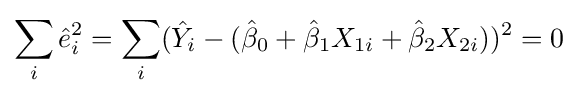
\sum _{i}{\hat {e}}_{i}^{2}=\sum _{i}({\hat {Y}}_{i}-({\hat {\beta }}_{0}+{\hat {\beta }}_{1}X_{1i}+{\hat {\beta }}_{2}X_{2i}))^{2}=0